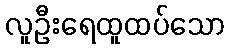
လူဦးရေထူထပ်သော